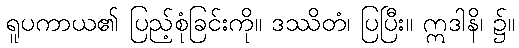
ရူပကာယ၏ ပြည့်စုံခြင်းကို။ ဒဿိတံ၊ ပြပြီး။ ဣဒါနိ၊ ၌။